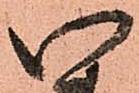
い